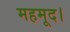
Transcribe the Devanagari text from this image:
महमूद।